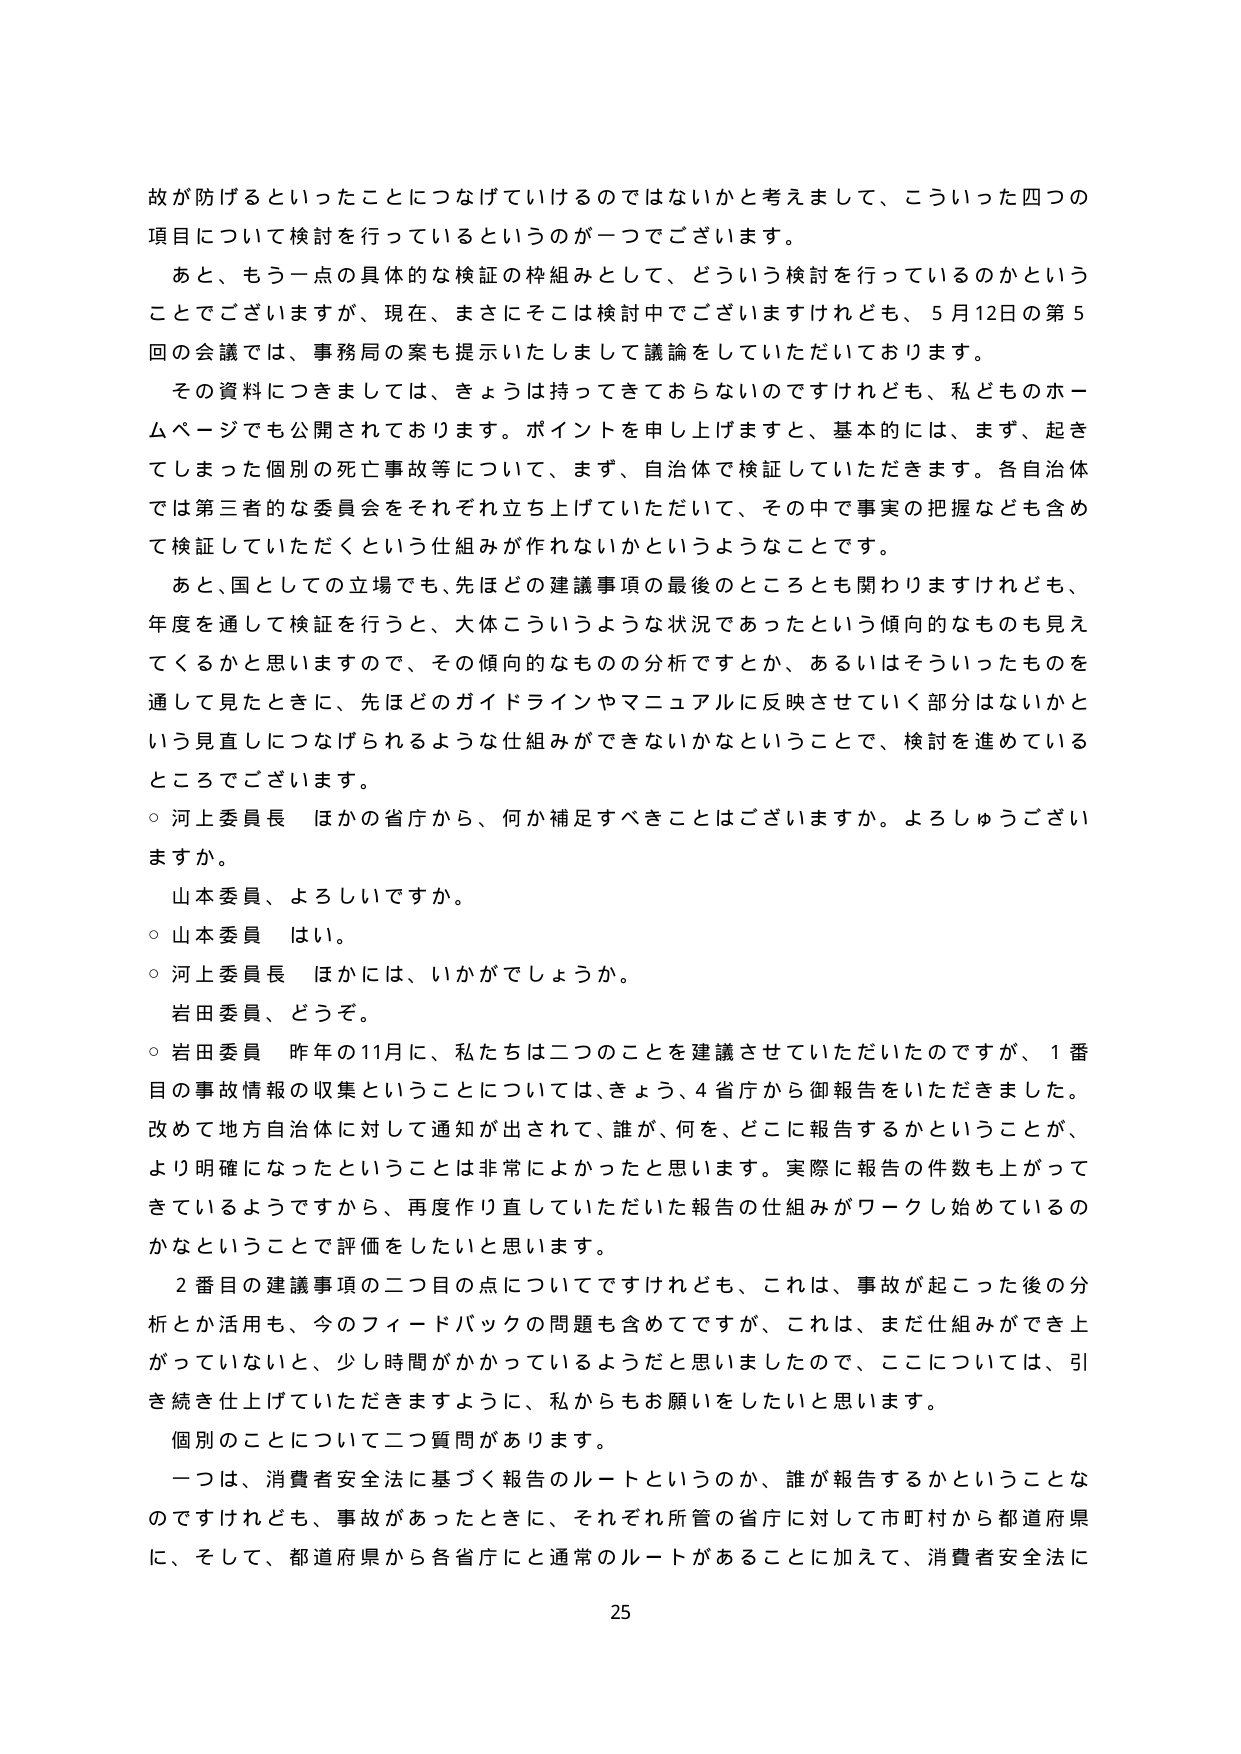
故が防げるといったことにつなげていけるのではないかと考えまして、こういった四つの項目について検討を行っているというのが一つでございます。

あと、もう一点の具体的な検証の枠組みとして、どういう検討を行っているのかということでございますが、現在、まさにそこは検討中でございますけれども、5月12日の第5回の会議では、事務局の案も提示いたしまして議論をしていただいております。

その資料につきましては、きょうは持ってきておらないのですけれども、私どものホームページでも公開されております。ポイントを申し上げますと、基本的には、まず、起きてしまった個別の死亡事故等について、まず、自治体で検証していただきます。各自治体では第三者的な委員会をそれぞれ立ち上げていただいて、その中で事実の把握なども含めて検証していただくという仕組みが作れないかというようなことです。

あと、国としての立場でも、先ほどの建議事項の最後のところとも関わりますけれども、年度を通じて検証を行うと、大体こういうような状況であったという傾向的なものも見えてくるかと思いますので、その傾向的なものの分析ですとか、あるいはそういったものを通して見たときに、先ほどのガイドラインやマニュアルに反映させていく部分はないかという見直しにつなげられるような仕組みができないかなということで、検討を進めているところでございます。

○ 河上委員長 ほかの省庁から、何か補足すべきことはございますか。よろしうございますか。

山本委員、よろしいですか。

○ 山本委員 はい。

○ 河上委員長 ほかには、いかがでしょうか。

岩田委員、どうぞ。

○ 岩田委員 昨年の11月に、私たちは二つのことを建議させていただいたのですが、1番目の事故情報の収集ということについては、きょう、4省庁から御報告をいただきました。改めて地方自治体に対して通知が出されて、誰が、何を、どこに報告するかということが、より明確になったということは非常によかったと思います。実際に報告の件数も上がっているようですから、再度作り直していただいた報告の仕組みがワークし始めているのかなということで評価をしたいと思います。

2番目の建議事項の二目の点についてですけれども、これは、事故が起こった後の分析とか活用も、今のフィードバックの問題も含めてですが、これは、まだ仕組みができ上がっておらないと、少し時間がかかっているようだと思いましたので、ここについては、引き続き仕上げていただきますように、私からもお願いをしたいと思います。

個別のことについて二つ質問があります。

一つは、消費者安全法に基づく報告のルートというのか、誰が報告するかということなのですが、事故があったときに、それぞれ所管の省庁に対して市町村から都道府県に、そして、都道府県から各省庁に通常のルートがあることに加えて、消費者安全法に

25